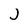
Character: J